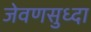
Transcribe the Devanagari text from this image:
जेवणसुध्दा